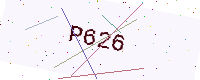
Text: P626